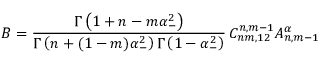
B = \frac { \Gamma \left( 1 + n - m \alpha _ { - } ^ { 2 } \right) } { \Gamma \left( n + ( 1 - m ) \alpha _ { - } ^ { 2 } \right) \Gamma \left( 1 - \alpha _ { - } ^ { 2 } \right) } \, C _ { n m , 1 2 } ^ { n , m - 1 } A _ { n , m - 1 } ^ { \alpha }